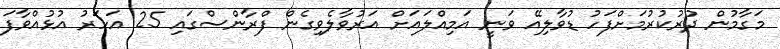
މަގާމުން ދުރުކުރުމަށްފަހު ޑުވާލިއޭ ވަނީ އަމިއްލައަށް އަރުވާލެވިގެން ފްރާންސްގައި 25 އަހަރު އުޅުއްވާފަ